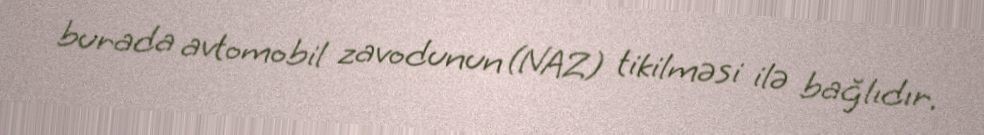
burada avtomobil zavodunun (NAZ) tikilməsi ilə bağlıdır.